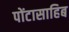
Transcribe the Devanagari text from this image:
पोंटासाहिब